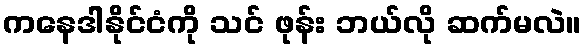
ကနေဒါနိုင်ငံကို သင် ဖုန်း ဘယ်လို ဆက်မလဲ။